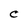
Character: C